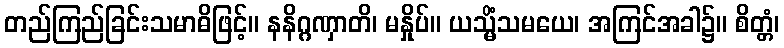
တည်ကြည်ခြင်းသမာဓိဖြင့်။ နနိဂ္ဂဏှာတိ၊ မနှိုပ်။ ယသ္မိံသမယေ၊ အကြင်အခါ၌။ စိတ္တံ၊